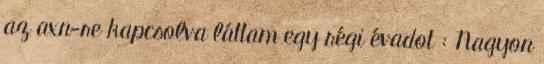
az axn-re kapcsolva láttam egy régi évadot : Nagyon